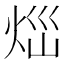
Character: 𤇱